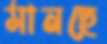
মানছে